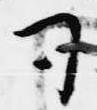
司